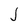
Character: J